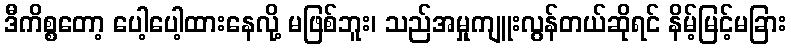
ဒီကိစ္စတော့ ပေါ့ပေါ့ထားနေလို့ မဖြစ်ဘူး၊ သည်အမှုကျူးလွန်တယ်ဆိုရင် နိမ့်မြင့်မခြား